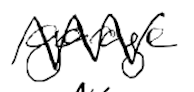
Text: garage
Cross-out: zig-zag
Writing tool: digital_black